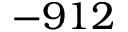
- 9 1 2